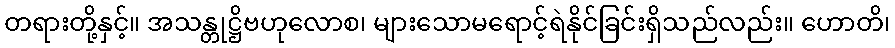
တရားတို့နှင့်။ အသန္တုဋ္ဌိဗဟုလောစ၊ များသောမရောင့်ရဲနိုင်ခြင်းရှိသည်လည်း။ ဟောတိ၊